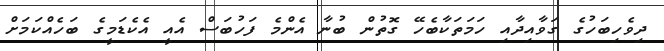
ދިވެހިބަހުގެ ގަވާއިދާއި ހަމަތަކާބެހޭ ގޮތުން ބުނާ އެންމެ ފަހުބަސް އެއީ އެކެޑަމީގެ ބަހެއްކަމަށް